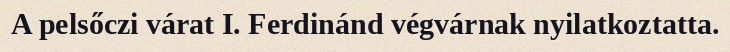
A pelsőczi várat I. Ferdinánd végvárnak nyilatkoztatta.